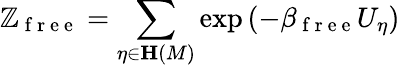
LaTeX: \mathbb{Z}_{\mathrm{{~f~r~e~e~}}}=\sum_{\eta\in\mathbf{{H}}\left(M\right)}\exp\left(-\beta_{\mathrm{{~f~r~e~e~}}}U_{\eta}\right)